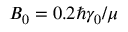
B _ { 0 } = 0 . 2 \hbar \gamma _ { 0 } / \mu